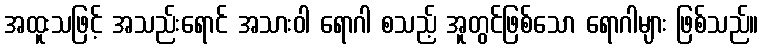
အထူးသဖြင့် အသည်းရောင် အသားဝါ ရောဂါ စသည့် အူတွင်ဖြစ်သော ရောဂါများ ဖြစ်သည်။